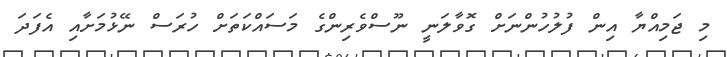
މި ޖަމިއްޔާ އިން ފުލުހުންނަށް ގޮވާލަނީ ނޫސްވެރިންގެ މަސައްކަތަށް ހުރަސް ނޭޅުމަށާއި އެފަދަ